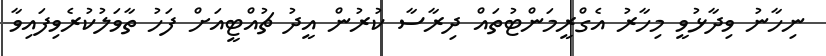
ނިހާނު ވިދާޅުވީ މިހާރު އެގްރީމަންޓުތައް ދިރާސާ ކުރުން އީދު ޗުއްޓީއަށް ފަހު ތާވަލުކުރެވިފައިވާ